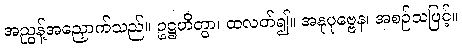
အညွန့်အညှောက်သည်။ ဥဋ္ဌဟိတွာ၊ ထလတ်၍။ အနုပုဗ္ဗေန၊ အစဉ်သဖြင့်။